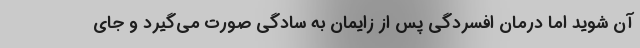
آن شوید اما درمان افسردگی پس از زایمان به سادگی صورت می‌گیرد و جای